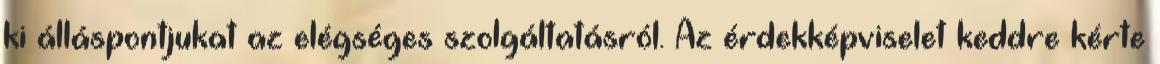
ki álláspontjukat az elégséges szolgáltatásról. Az érdekképviselet keddre kérte